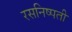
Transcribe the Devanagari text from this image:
रसनिष्पती